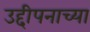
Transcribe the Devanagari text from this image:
उद्दीपनाच्या